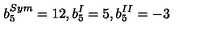
b _ { 5 } ^ { S y m } = 1 2 , b _ { 5 } ^ { I } = 5 , b _ { 5 } ^ { I I } = - 3